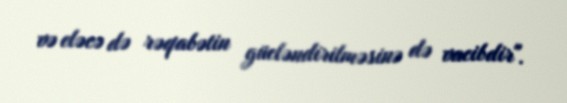
və eləcə də rəqabətin gücləndirilməsinə də vacibdir".